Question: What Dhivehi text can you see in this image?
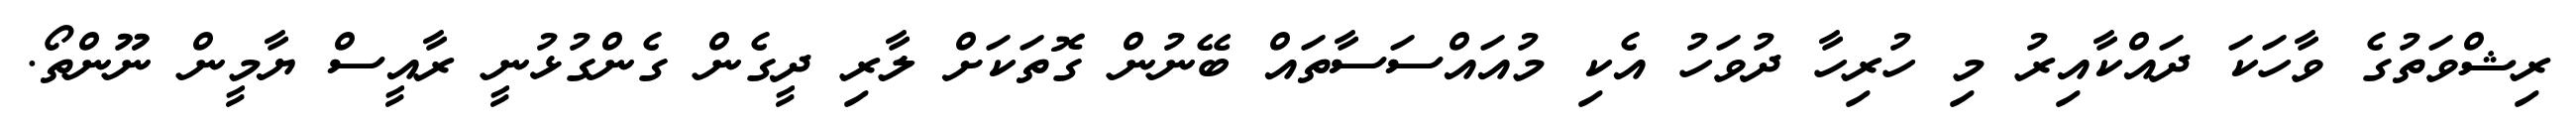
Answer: ރިޝްވަތުގެ ވާހަކަ ދައްކާއިރު މި ހުރިހާ ދުވަހު އެކި މުއައްސަސާތައް ބޭނުން ގޮތަކަށް ލާރި ދީގެން ގެންގުޅުނީ ރާއީސް ޔާމީން ނޫންތޯ.